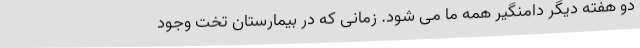
دو هفته دیگر دامنگیر همه ما می شود. زمانی که در بیمارستان تخت وجود